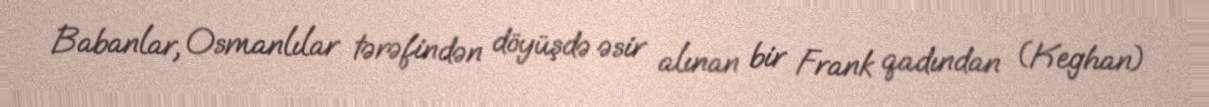
Babanlar, Osmanlılar tərəfindən döyüşdə əsir alınan bir Frank qadından (Keghan)